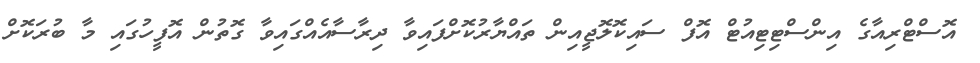
އޮސްޓްރިއާގެ އިންސްޓިޓިއުޓް އޮފް ސައިކޮލޮޖީއިން ތައްޔާރުކޮށްފައިވާ ދިރާސާއެއްގައިވާ ގޮތުން އޮފީހުގައި މާ ބުރަކޮށް